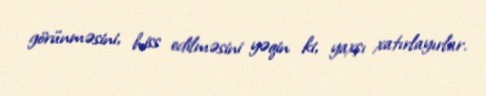
görünməsini, hiss edilməsini yəqin ki, yaxşı xatırlayırlar.